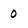
Character: 0